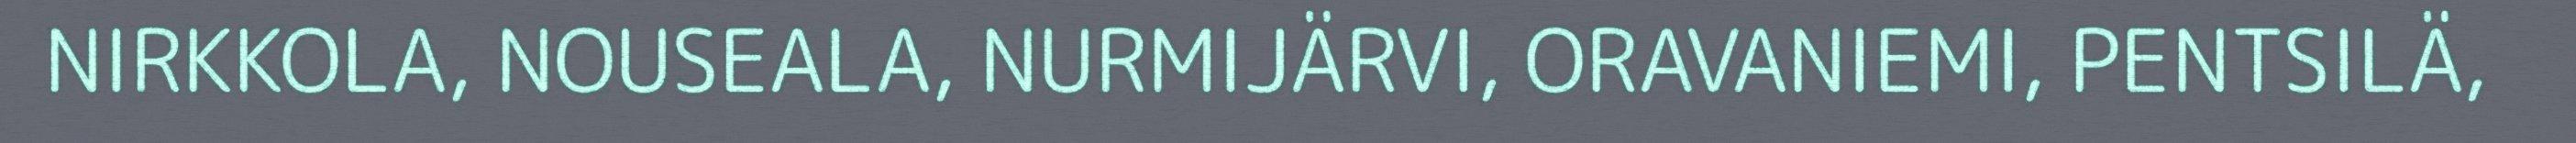
NIRKKOLA, NOUSEALA, NURMIJÄRVI, ORAVANIEMI, PENTSILÄ,